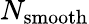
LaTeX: N_{\mathrm{smooth}}